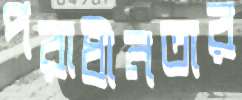
পরাধীনতার